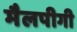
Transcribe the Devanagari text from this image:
मैलपीगी